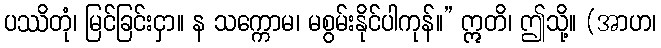
ပဿိတုံ၊ မြင်ခြင်းငှာ။ န သက္ကောမ၊ မစွမ်းနိုင်ပါကုန်။” ဣတိ၊ ဤသို့။ (အာဟ၊